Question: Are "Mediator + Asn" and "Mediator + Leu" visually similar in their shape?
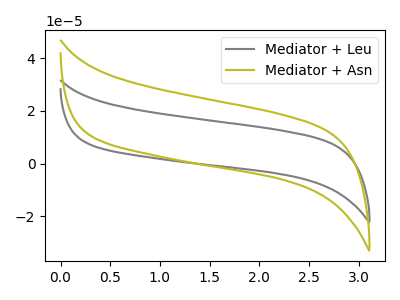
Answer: <think>The gray curve "Mediator + Leu" has no peaks. The olive curve "Mediator + Asn" has no peaks.
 Neither "Mediator + Asn" or "Mediator + Leu" have any peaks.</think>
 <answer>"Mediator + Asn" and "Mediator + Leu" are similar in shape.</answer>
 <eval>same_shape</eval>